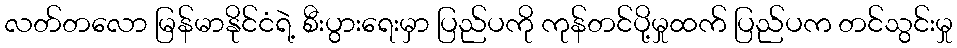
လတ်တလော မြန်မာနိုင်ငံရဲ့ စီးပွားရေးမှာ ပြည်ပကို ကုန်တင်ပို့မှုထက် ပြည်ပက တင်သွင်းမှု